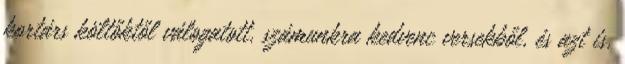
kortárs költőktől válogatott, számunkra kedvenc versekből, és azt is,